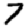
Digit: 7